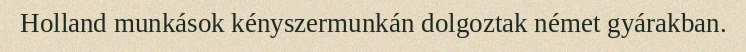
Holland munkások kényszermunkán dolgoztak német gyárakban.